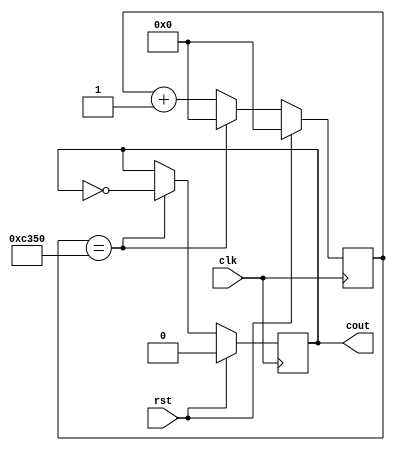
`timescale 1ns / 1ps
//////////////////////////////////////////////////////////////////////////////////
// Company: 
// Engineer: 
// 
// Design Name: 
// Module Name: clock_2000Hz
// Project Name: 
// Target Devices: 
// Tool Versions: 
// Description: 
// 
// Dependencies: 
// 
// Revision:
// Revision 0.01 - File Created
// Additional Comments:
// 
//////////////////////////////////////////////////////////////////////////////////


module clock_2000Hz(
input clk,
input rst,
output reg cout
    );
    reg [26:0]cnt;
    always@(posedge clk)begin
            if(rst)begin
                cnt <=0;
                cout <=0;
                end
            else begin
                if(cnt == 50000>>1-1)begin
                    cout <=~cout;
                    cnt <=0;
                    end
                else begin
                    cnt <= cnt +1; 
                    //cout <= 0;
                    end
            end 
          end  
endmodule